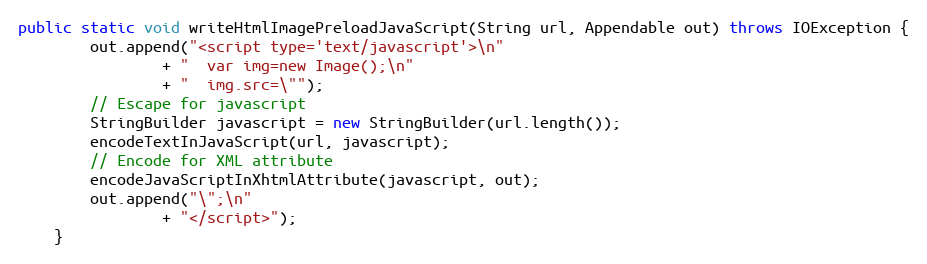
Language: Java
public static void writeHtmlImagePreloadJavaScript(String url, Appendable out) throws IOException {
		out.append("<script type='text/javascript'>\n"
				+ "  var img=new Image();\n"
				+ "  img.src=\"");
		// Escape for javascript
		StringBuilder javascript = new StringBuilder(url.length());
		encodeTextInJavaScript(url, javascript);
		// Encode for XML attribute
		encodeJavaScriptInXhtmlAttribute(javascript, out);
		out.append("\";\n"
				+ "</script>");
	}